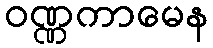
ဝဏ္ဏကာမေန